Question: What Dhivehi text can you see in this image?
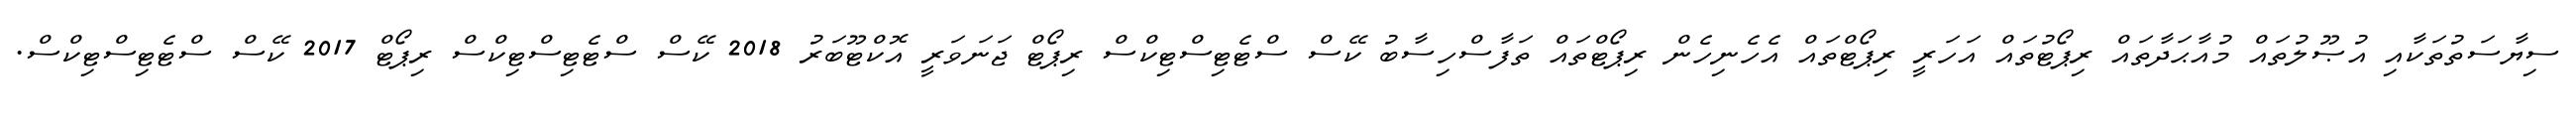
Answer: ސިޔާސަތުތަކާއި އުޞޫލުތައް މުއާޙަދާތައް ރިޕޯޓުތައް އަހަރީ ރިޕޯޓްތައް އެހެނިހެން ރިޕޯޓްތައް ތަފާސްހިސާބު ކޭސް ސްޓެޓިސްޓިކްސް ރިޕޯޓް ޖަނަވަރީ އޮކްޓޫބަރު 2018 ކޭސް ސްޓެޓިސްޓިކްސް ރިޕޯޓް 2017 ކޭސް ސްޓެޓިސްޓިކްސް.